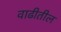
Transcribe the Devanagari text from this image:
वाढीतील